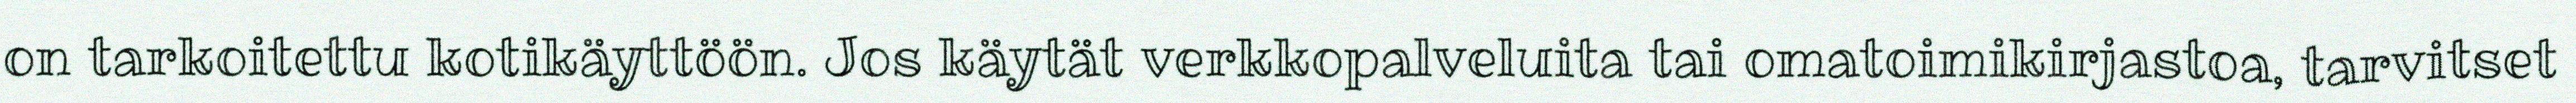
on tarkoitettu kotikäyttöön. Jos käytät verkkopalveluita tai omatoimikirjastoa, tarvitset